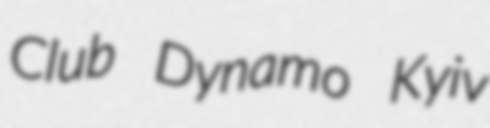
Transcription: Club Dynamo Kyiv